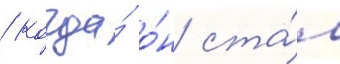
/ когда́ о́н ста́л